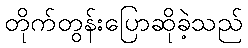
တိုက်တွန်းပြောဆိုခဲ့သည်